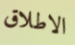
الاطلاق